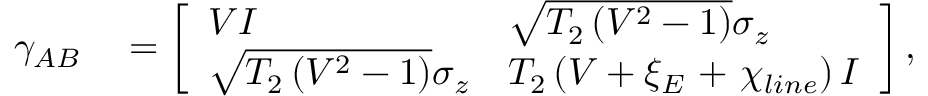
\begin{array} { r l } { { { \gamma } _ { A B } } } & { { } = \left[ \begin{array} { l l } { V { I } } & { \sqrt { { { T } _ { 2 } } \left( { { V } ^ { 2 } } - 1 \right) } { { \sigma } _ { z } } } \\ { \sqrt { { { T } _ { 2 } } \left( { { V } ^ { 2 } } - 1 \right) } { { \sigma } _ { z } } } & { { { T } _ { 2 } } \left( V + { { \xi } _ { E } } \mathrm { ~ + ~ } { { \chi } _ { l i n e } } \right) { I } } \end{array} \right] , } \end{array}